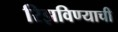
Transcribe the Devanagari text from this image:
रिझविण्याची